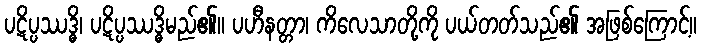
ပဋိပ္ပဿဒ္ဓိ၊ ပဋိပ္ပဿဒ္ဓိမည်၏။ ပဟီနတ္တာ၊ ကိလေသာတို့ကို ပယ်တတ်သည်၏ အဖြစ်ကြောင့်။